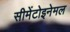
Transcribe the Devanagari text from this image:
सीमेंटोइनेमल